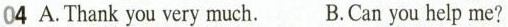
04 A.Thank you very much. B.Can you help me?